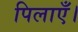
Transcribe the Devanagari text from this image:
पिलाएँ।